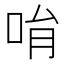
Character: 𠱝